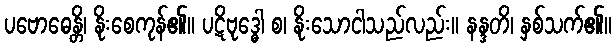
ပဗောဓေန္တိ၊ နိုးစေကုန်၏။ ပဋိဗုဒ္ဓေါ စ၊ နိုးသောငါသည်လည်း။ နန္ဒတိ၊ နှစ်သက်၏။